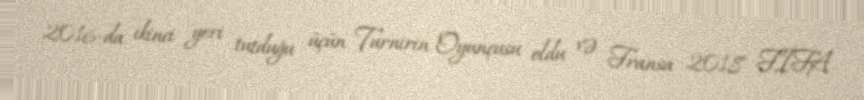
2016-da ikinci yeri tutduğu üçün Turnirin Oyunçusu oldu və Fransa 2018 FİFA